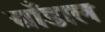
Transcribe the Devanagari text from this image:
चाँडाल